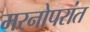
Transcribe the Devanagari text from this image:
मरनोपरांत